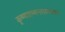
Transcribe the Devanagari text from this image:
कृष्णाष्टम्यन्तसम्भवः।